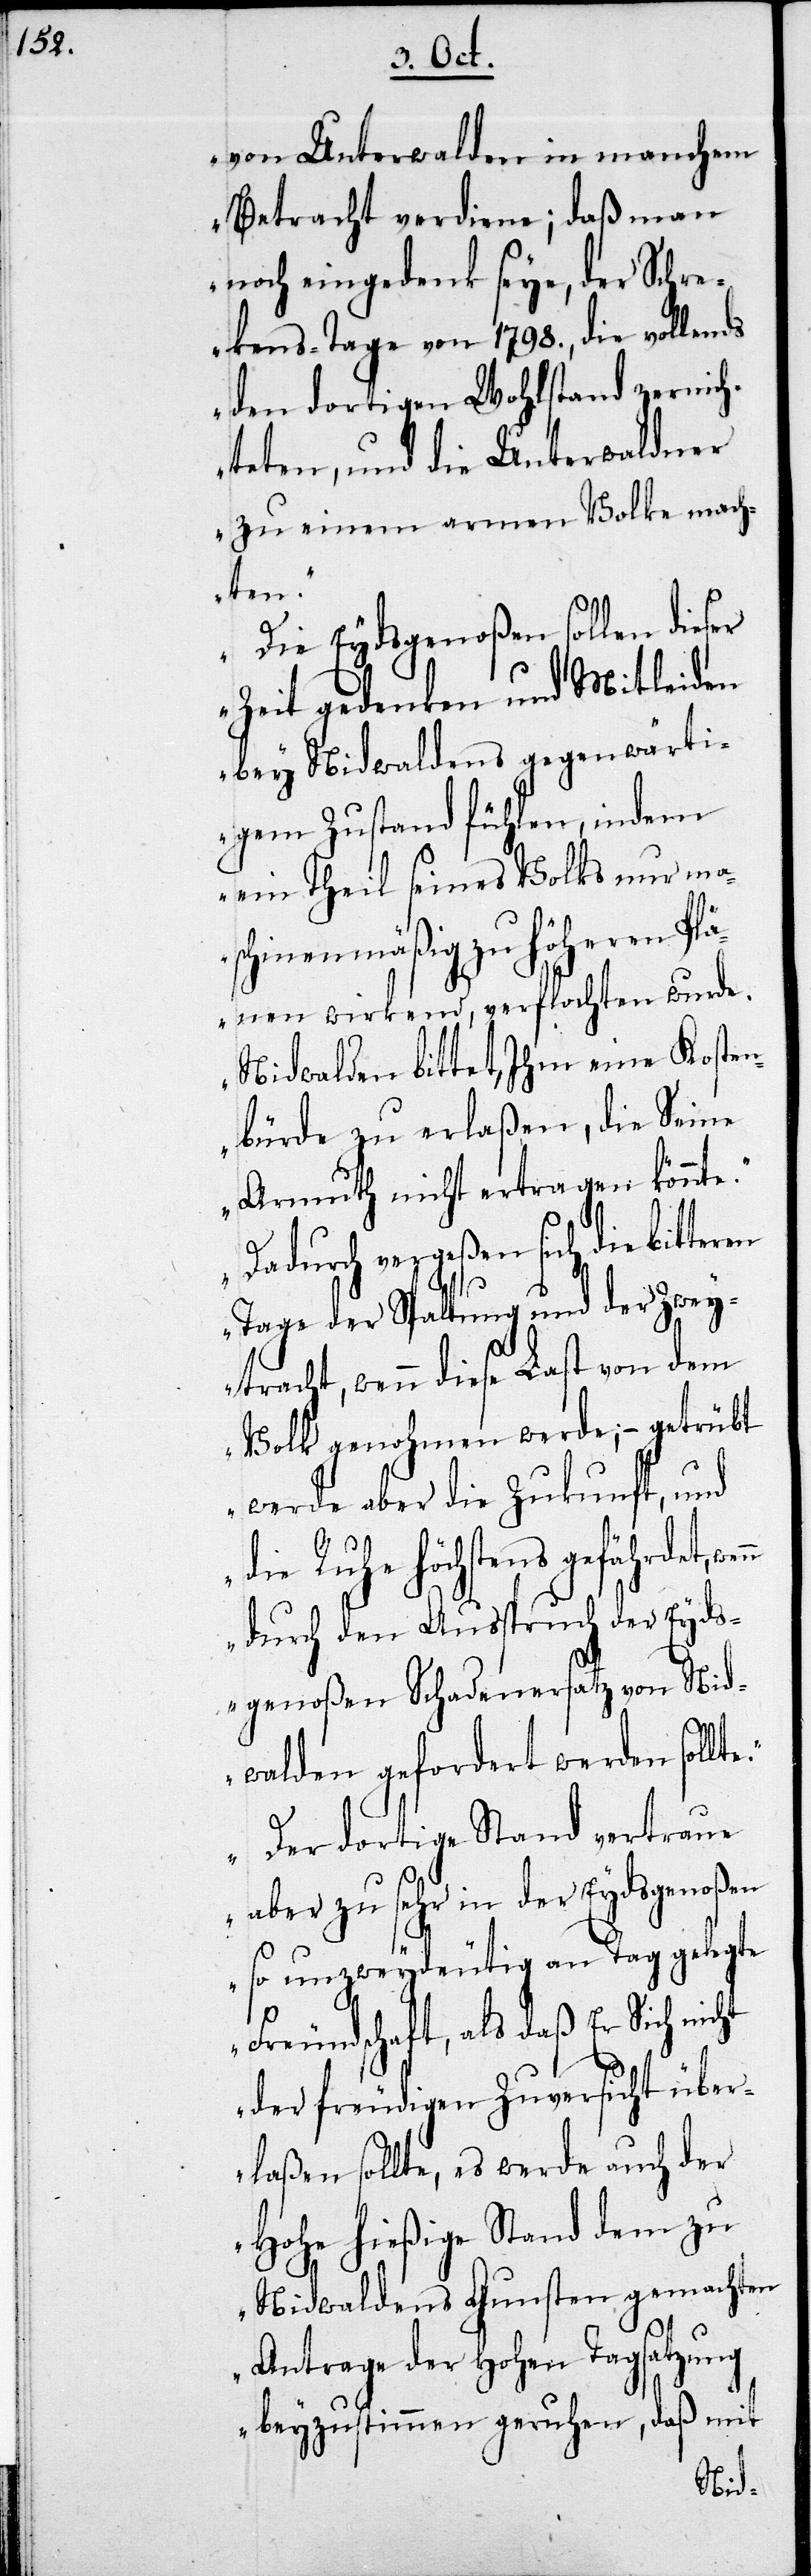
von Unterwalden in manchem
Betracht verdiene; daß man
noch eingedenk seye, der Schre¬
ckens-Tage von 1798., die vollends
den dortigen Wohlstand zernich¬
teten, und die Unterwaldner
zu einem armen Volke mach¬
te.
Die Eydsgenoßen sollen dieser
Zeit gedenken und Mitleiden
bey Nidwaldens gegenwärti¬
gem Zustand fühlen, indem
ein Theil seines Volks nur ma¬
schinenmäßig zu höheren Plä¬
nen wirkend, verflochten wurde.
Nidwalden bittet, Ihm eine Kosten¬
bürde zu erlaßen, die Seine
Armuth nicht ertragen könnte.
Dadurch vergeßen sich die bitteren
Tage der Spaltung und der Zwey¬
racht, wenn diese Last von dem
Volk genohmen werde, – getrübt
werde aber die Zukunft, und
Ruhe höchstens gefährdet,
durch den Anspruch der Eyds¬
genoßen Schadensersatz von Nid¬
walden geforderet werden soll¬
Der dortige Stand vertraue
aber zu sehr in der Eydsgenoßen
so unzweydeutig an Tag gelegte
Freundschaft, als daß Er Sich nicht
der freudigen Zuversicht über¬
laßen sollte, es werde auch der
Hohe hießige Stand dem zu
Nidwaldens Gunsten gemachten
Antrage der Hohen Tagsatzung
beyzustimmen geruhen, daß mit